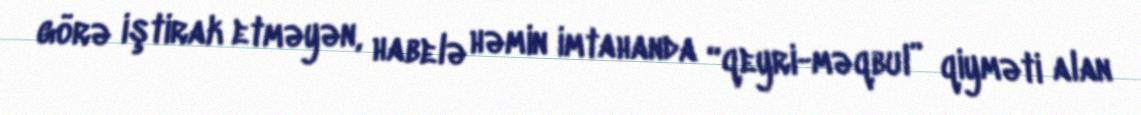
görə iştirak etməyən, habelə həmin imtahanda “qeyri-məqbul” qiyməti alan